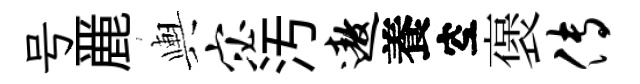
号䴡輿宓汚遨養空褒传